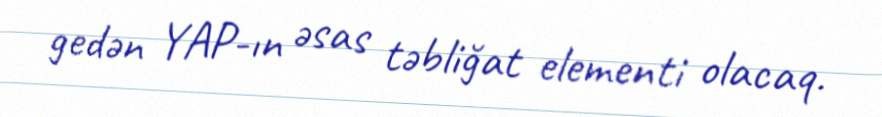
gedən YAP-ın əsas təbliğat elementi olacaq.